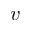
v